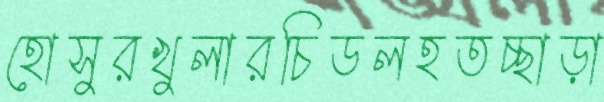
হোসুরখুলারচিডলহতচ্ছাড়া